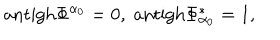
\mathrm { a n t i g h } \Phi ^ { \alpha _ { 0 } } = 0 , \; \mathrm { a n t i g h } \Phi _ { \alpha _ { 0 } } ^ { * } = 1 , \;